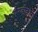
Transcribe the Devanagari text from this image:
पैरवीकारों